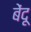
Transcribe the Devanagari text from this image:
बेंदू